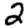
Digit: 2